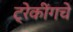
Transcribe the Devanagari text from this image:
ट्रेकींगचे